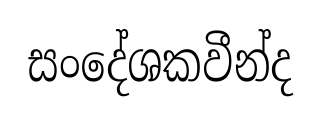
සංදේශකවීන්ද